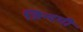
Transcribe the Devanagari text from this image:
जिन्‍दगी